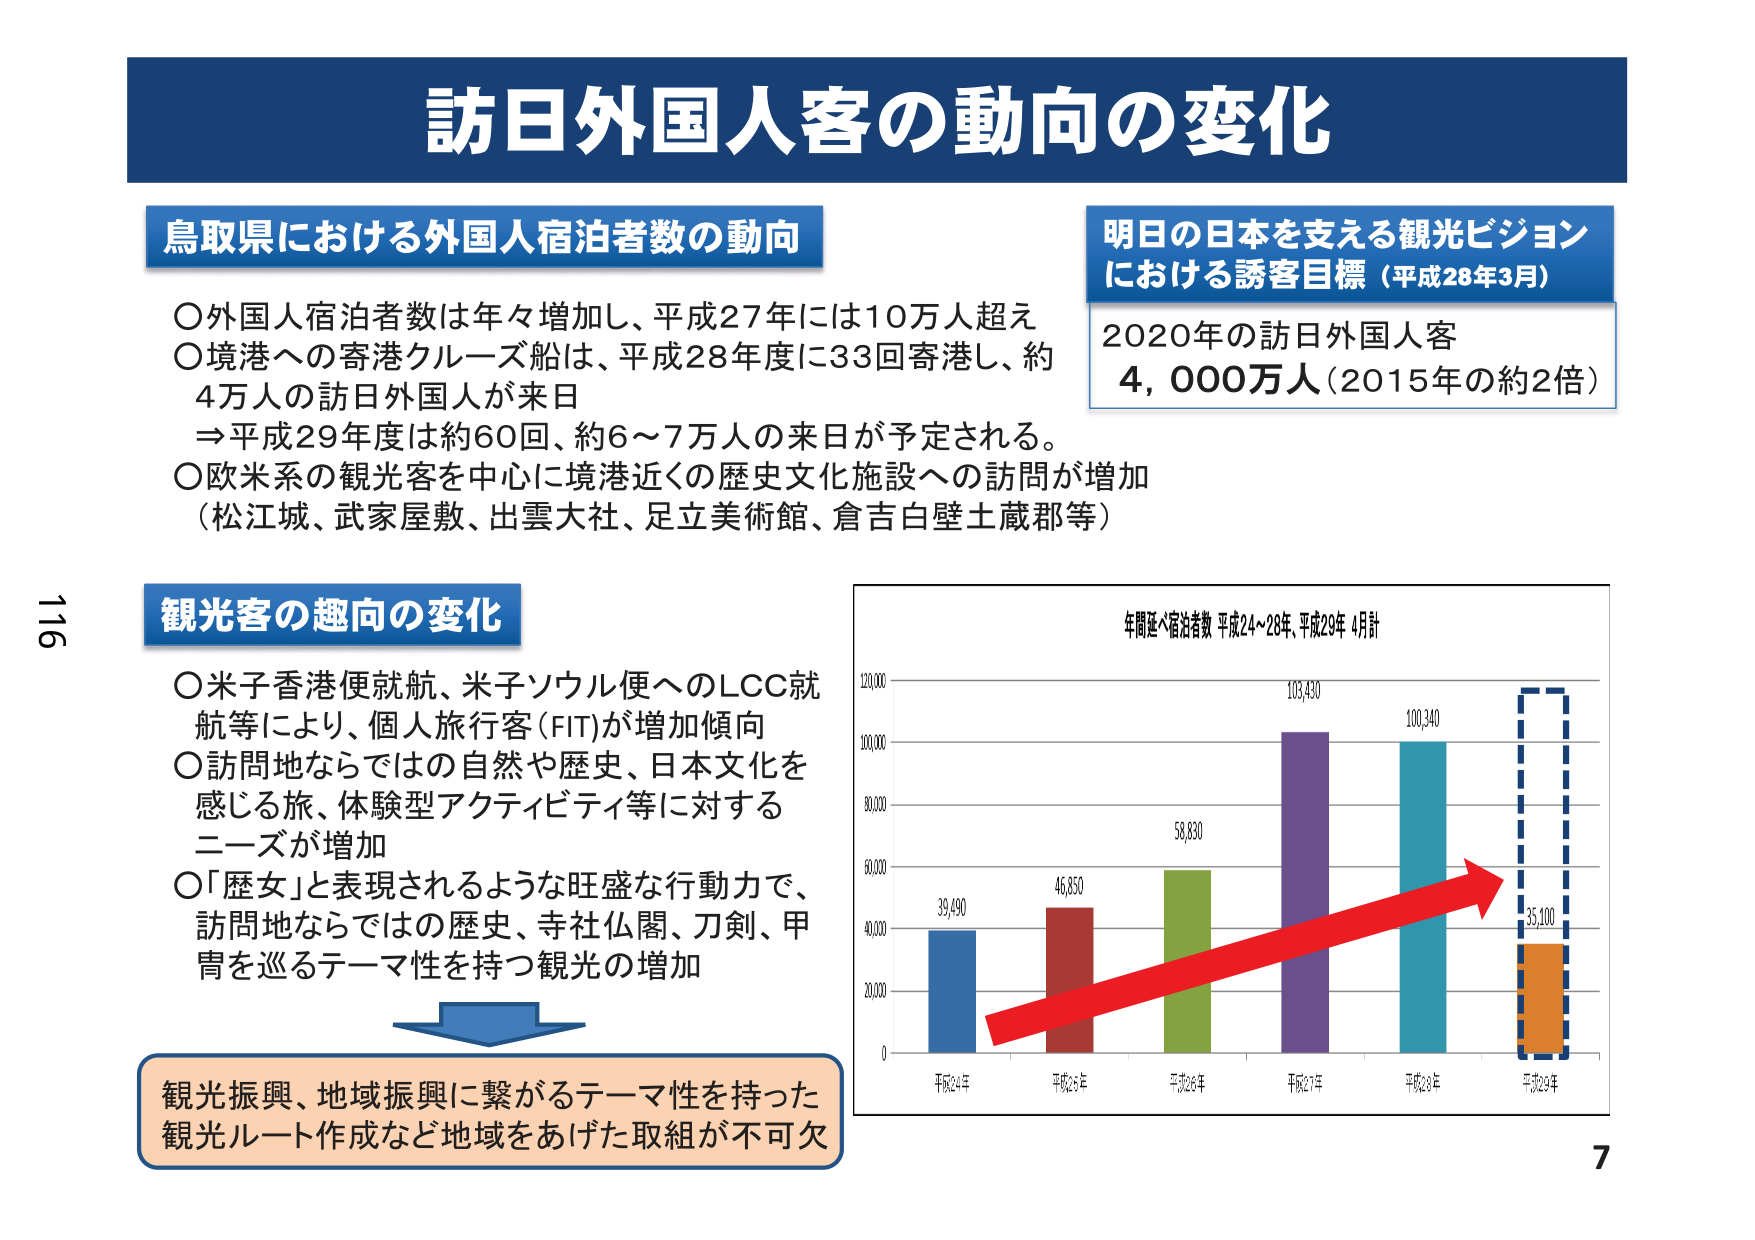
訪日外国人客の動向の変化

鳥取県における外国人宿泊者数の動向
○外国人宿泊者数は年々増加し、平成27年には10万人超え
○境港への寄港クルーズ船は、平成28年度に33回寄港し、約4万人の訪日外国人が来日
　→平成29年度は約60回、約6～7万人の来日が予定される。
○欧米系の観光客を中心に境港近くの歴史文化施設への訪問が増加
（松江城、武家屋敷、出雲大社、足立美術館、倉吉白壁土蔵郡等）

明日の日本を支える観光ビジョン
における誘客目標（平成28年3月）
2020年の訪日外国人客
4,000万人（2015年の約2倍）

観光客の趣向の変化
○米子香港便就航、米子ソウル便へのLCC就航等により、個人旅行客（FIT）が増加傾向
○訪問地ならではの自然や歴史、日本文化を感じる旅、体験型アクティビティ等に対するニーズが増加
○「歴女」と表現されるような旺盛な行動力で、訪問地ならではの歴史、寺社仏閣、刀剣、甲冑を巡るテーマ性を持つ観光の増加

観光振興、地域振興に繋がるテーマ性を持った観光ルート作成など地域をあげた取組が不可欠

年間延べ宿泊者数 平成24～28年、平成29年 4月計
平成24年 39,490
平成25年 46,850
平成26年 58,830
平成27年 103,430
平成28年 100,340
平成29年 35,100

116
7